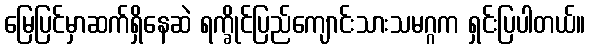
မြေပြင်မှာဆက်ရှိနေဆဲ ရက္ခိုင်ပြည်ကျောင်းသားသမဂ္ဂက ရှင်းပြပါတယ်။